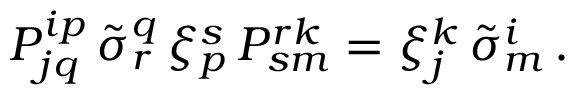
{ \cal P } _ { j q } ^ { i p } \, \tilde { \sigma } _ { r } ^ { q } \, \xi _ { p } ^ { s } \, { \cal P } _ { s m } ^ { r k } = \xi _ { j } ^ { k } \, \tilde { \sigma } _ { m } ^ { i } \, .